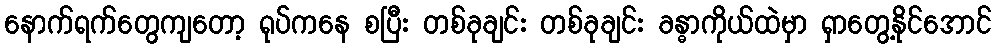
နောက်ရက်တွေကျတော့ ရုပ်ကနေ စပြီး တစ်ခုချင်း တစ်ခုချင်း ခန္ဓာကိုယ်ထဲမှာ ရှာတွေ့နိုင်အောင်